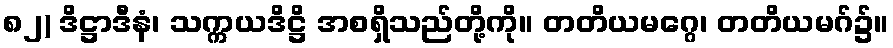
၈၂) ဒိဋ္ဌာဒီနံ၊ သက္ကယဒိဋ္ဌိ အစရှိသည်တို့ကို။ တတိယမဂ္ဂေ၊ တတိယမဂ်၌။